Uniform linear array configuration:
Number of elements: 24
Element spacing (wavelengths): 0.25
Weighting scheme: exponential
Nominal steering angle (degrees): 60
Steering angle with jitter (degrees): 58.956
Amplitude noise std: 0.05
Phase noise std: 0.05

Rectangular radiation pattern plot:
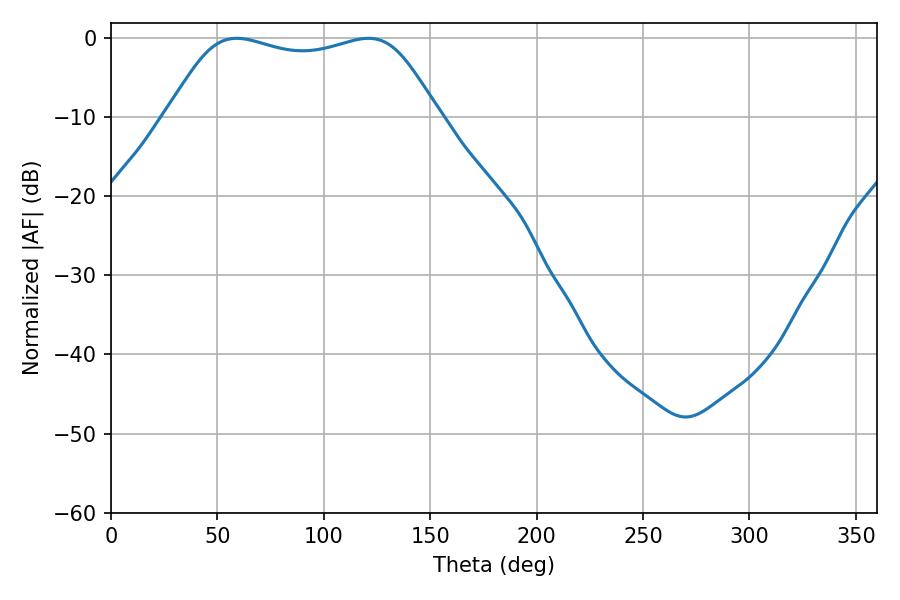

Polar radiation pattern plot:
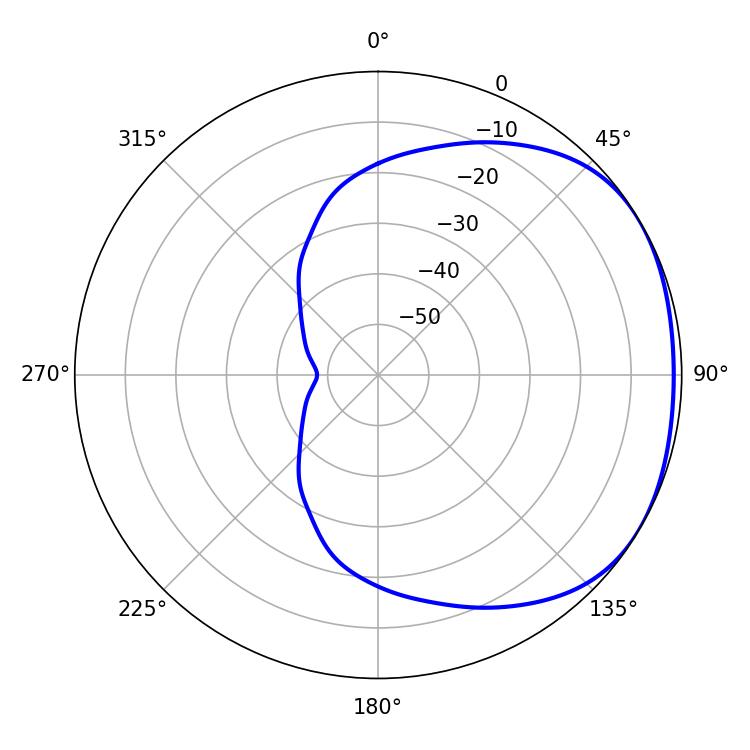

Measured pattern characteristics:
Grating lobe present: FALSE
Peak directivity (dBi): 1.72
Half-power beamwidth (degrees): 98.28
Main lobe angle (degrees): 120.96